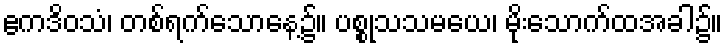
ဧကဒိဝသံ၊ တစ်ရက်သောနေ့၌။ ပစ္စုသသမယေ၊ မိုးသောက်ထအခါ၌။